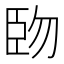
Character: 𫇅